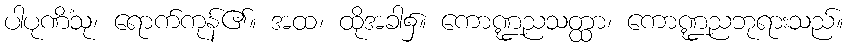
ပါပုဏိံသု၊ ရောက်ကုန်၏။ အထ၊ ထိုအခါ၌။ ကောဏ္ဍညသတ္ထာ၊ ကောဏ္ဍညဘုရားသည်။